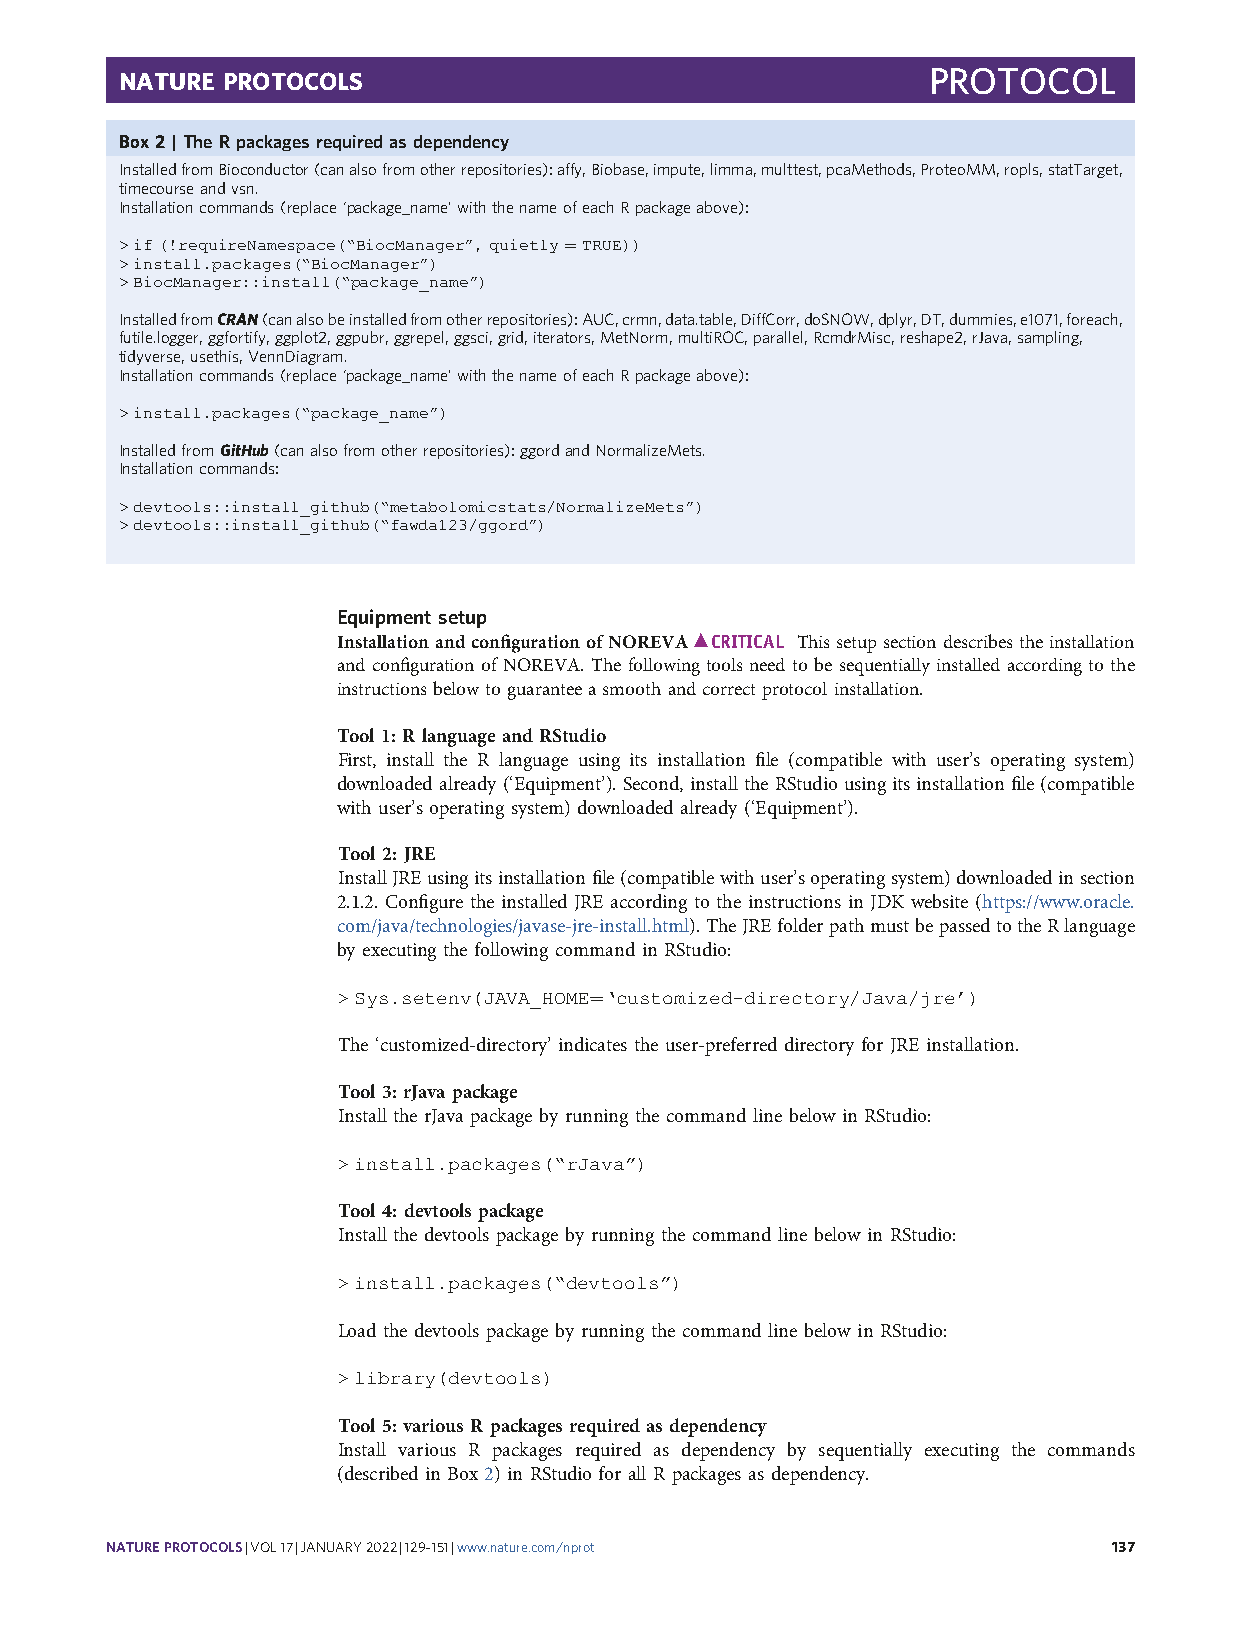
PROTOCOL
 NATURE PROTOCOLS
 Box2 |The Rpackagesrequired asdependency
 InstalledfromBioconductor(canalsofromotherrepositories):affy,Biobase,impute,limma,multtest,pcaMethods,ProteoMM,ropls,statTarget,
 timecourseandvsn.
 Installationcommands(replace‘package_name’withthenameofeachRpackageabove):
 >if(!requireNamespace(“BiocManager”,quietly=TRUE))
 >install.packages(“BiocManager”)
 >BiocManager::install(“package_name”)
 InstalledfromCRAN(canalsobeinstalledfromotherrepositories):AUC,crmn,data.table,DiffCorr,doSNOW,dplyr,DT,dummies,e1071,foreach,
 futile.logger,ggfortify,ggplot2,ggpubr,ggrepel,ggsci,grid,iterators,MetNorm,multiROC,parallel,RcmdrMisc,reshape2,rJava,sampling,
 tidyverse,usethis,VennDiagram.
 Installationcommands(replace‘package_name’withthenameofeachRpackageabove):
 >install.packages(“package_name”)
 InstalledfromGitHub(canalsofromotherrepositories):ggordandNormalizeMets.
 Installationcommands:
 >devtools::install_github(“metabolomicstats/NormalizeMets”)
 >devtools::install_github(“fawda123/ggord”)
 Equipment setup
 InstallationandconfigurationofNOREVA CRITICAL Thissetupsectiondescribestheinstallation
 and configuration of NOREVA. The following tools need to be sequentially installed according to the
 instructions below to guarantee a smooth and correct protocol installation.
 Tool 1: R language and RStudio
 First, install the R language using its installation file (compatible with user’s operating system)
 downloaded already(‘Equipment’). Second, installthe RStudio using itsinstallation file(compatible
 with user’s operating system) downloaded already (‘Equipment’).
 Tool 2: JRE
 InstallJREusingitsinstallationfile(compatiblewithuser’soperatingsystem)downloadedinsection
 2.1.2. Configure the installed JRE according to the instructions in JDK website (https://www.oracle.
 com/java/technologies/javase-jre-install.html).TheJREfolderpathmustbepassedtotheRlanguage
 by executing the following command in RStudio:
 > Sys.setenv(JAVA_HOME=‘customized-directory/Java/jre’)
 The ‘customized-directory’ indicates the user-preferred directory for JRE installation.
 Tool 3: rJava package
 Install the rJava package by running the command line below in RStudio:
 > install.packages(“rJava”)
 Tool 4: devtools package
 Install the devtools package by running the command line below in RStudio:
 > install.packages(“devtools”)
 Load the devtools package by running the command line below in RStudio:
 > library(devtools)
 Tool 5: various R packages required as dependency
 Install various R packages required as dependency by sequentially executing the commands
 (described in Box 2) in RStudio for all R packages as dependency.
 NATUREPROTOCOLS|VOL17|JANUARY2022|129–151|www.nature.com/nprot     137
 c